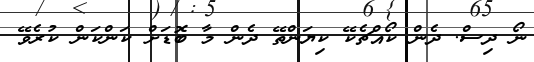
ނޯ ދިސް. ދެން ކޯއްޗެކޭ ކިޔަންތޭ ދެން މާ ބޮޑަށް ކަންކަން ކުރެވޭ